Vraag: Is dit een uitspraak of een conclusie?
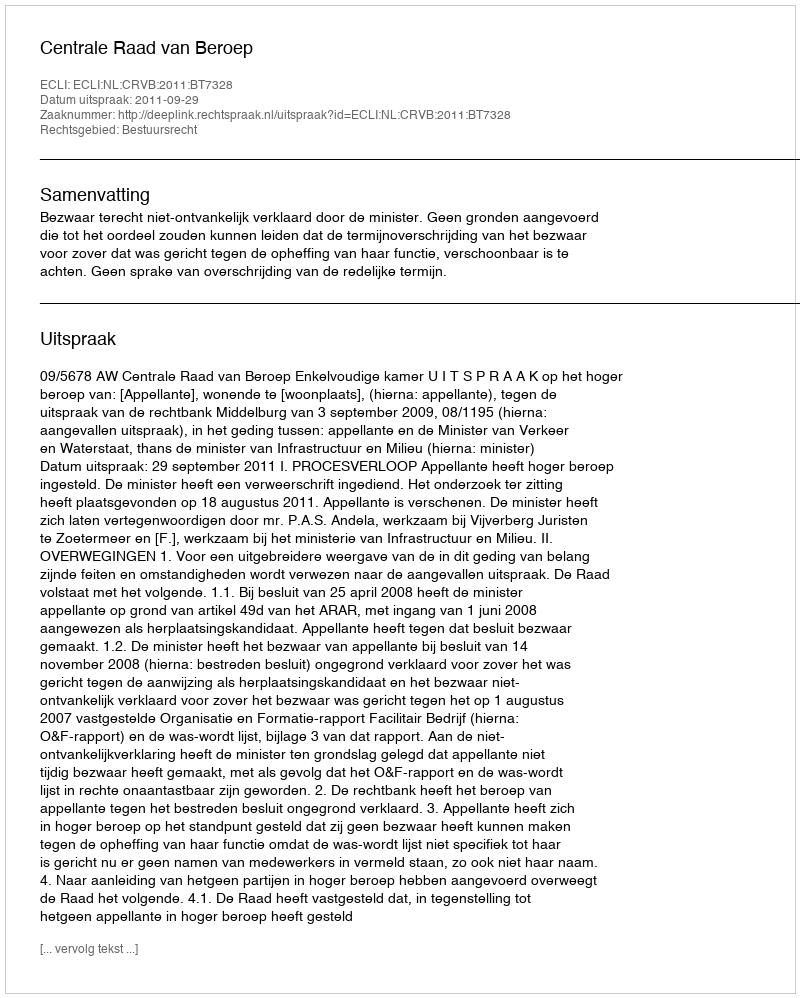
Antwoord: Uitspraak